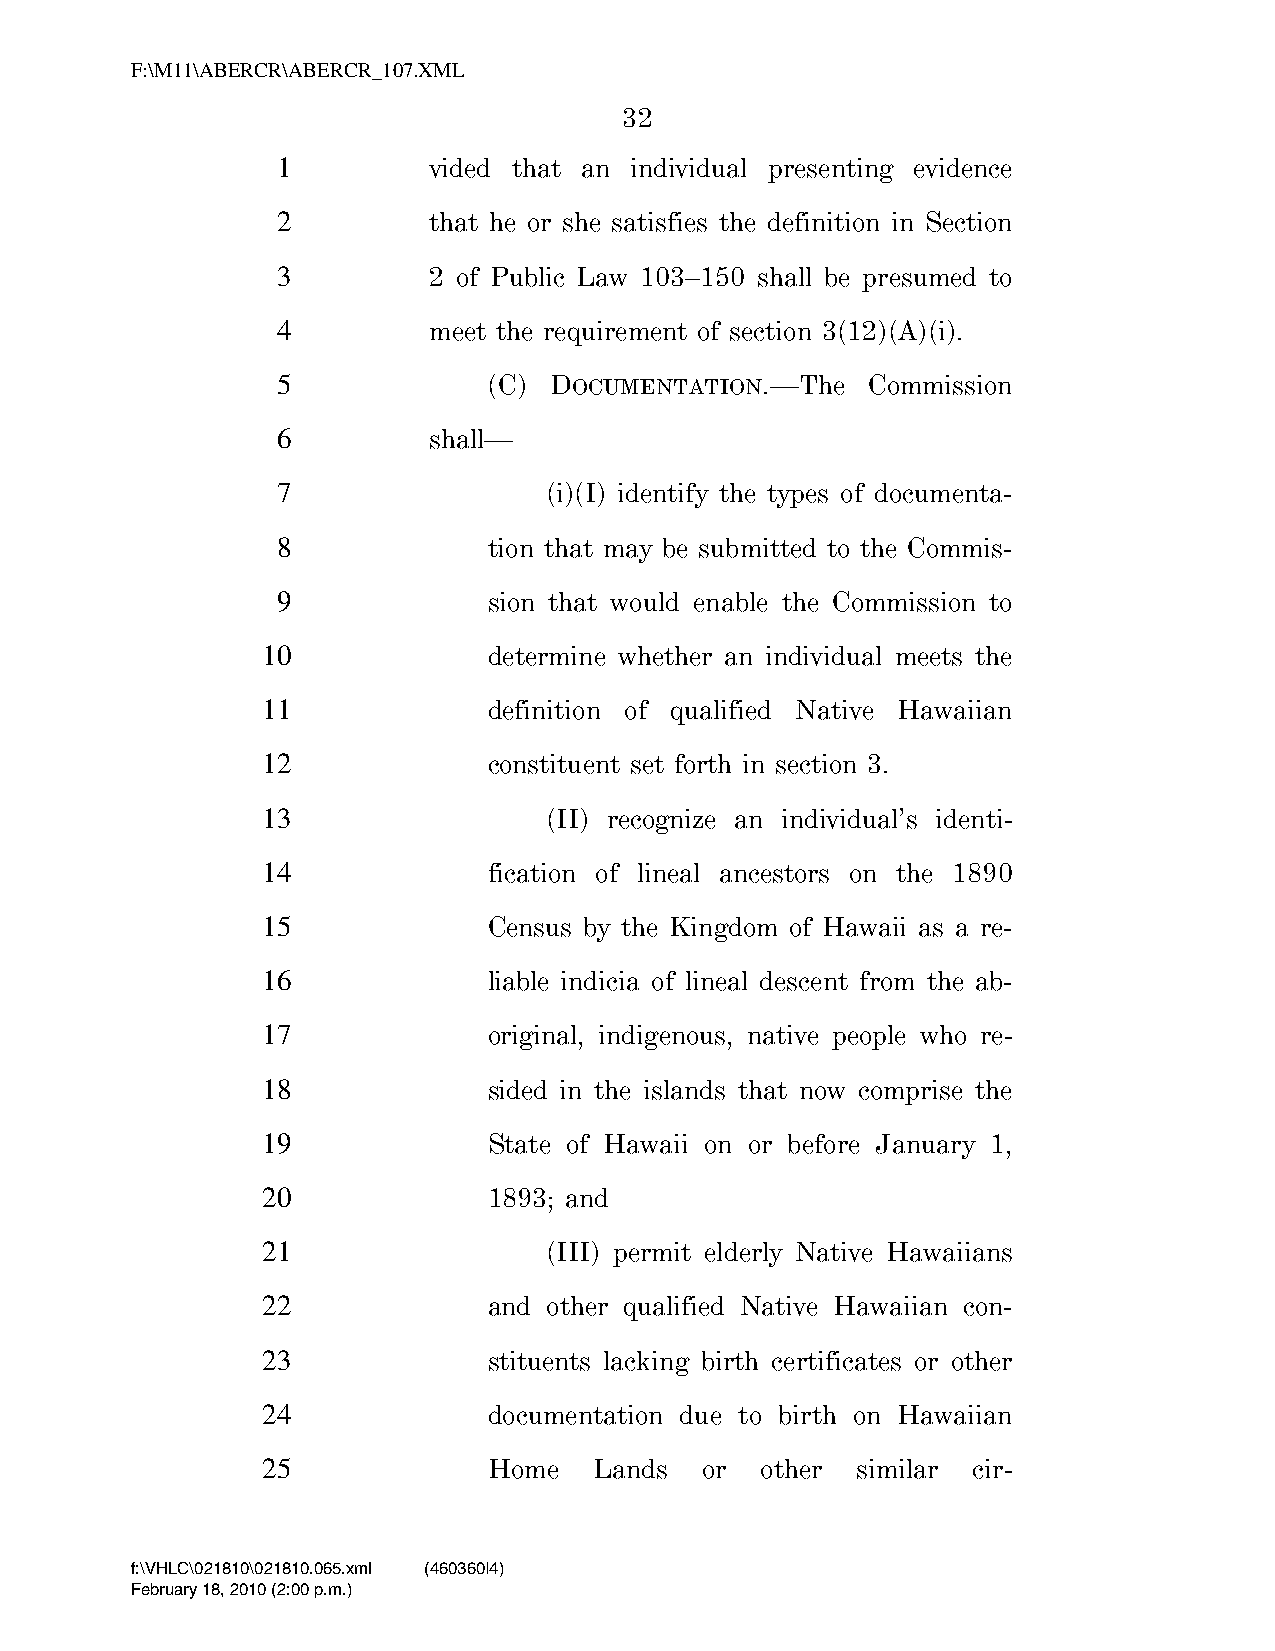
F:\M11\ABERCR\ABERCR_107.XML
 32
 1         vided that an individual presenting evidence
 2         that he or she satisfies the definition in Section
 3         2 of Public Law 103–150 shall be presumed to
 4         meet the requirement of section 3(12)(A)(i).
 5             (C) DOCUMENTATION.—The    Commission
 6         shall—
 7                 (i)(I) identify the types of documenta-
 8             tion that may be submitted to the Commis-
 9             sion that would enable the Commission to
 10             determine whether an individual meets the
 11             definition of qualified Native Hawaiian
 12             constituent set forth in section 3.
 13                 (II) recognize an individual’s identi-
 14             fication of lineal ancestors on the 1890
 15             Census by the Kingdom of Hawaii as a re-
 16             liable indicia of lineal descent from the ab-
 17             original, indigenous, native people who re-
 18             sided in the islands that now comprise the
 19             State of Hawaii on or before January 1,
 20             1893; and
 21                 (III) permit elderly Native Hawaiians
 22             and other qualified Native Hawaiian con-
 23             stituents lacking birth certificates or other
 24             documentation due to birth on Hawaiian
 25             Home   Lands  or  other  similar cir-
 f:\VHLC\021810\021810.065.xml (460360|4)
 February 18, 2010 (2:00 p.m.)
 VerDate Nov 24 2008 14:00 Feb 18, 2010 Jkt 000000 PO 00000 Frm 00032 Fmt 6652 Sfmt 6201 C:\TEMP\ABERCR_107.XML HOLCPC